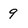
Character: 9